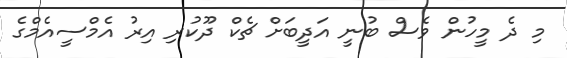
މި ދެ މީހުން ވެސް ބުނީ އަދީބަށް ޗެކް ދޫކުރި އިރު އެމްސީއެމްގެ